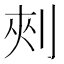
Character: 㓨